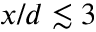
x / d \lesssim 3